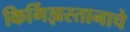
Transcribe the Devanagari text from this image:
किर्गिझस्तानाचे